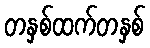
တနှစ်ထက်တနှစ်